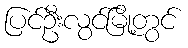
ပြင်ဦးလွင်မြို့တွင်